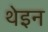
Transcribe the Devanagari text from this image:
थेइन